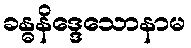
ခန္ဓနိဒ္ဒေသောနာမ